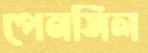
পেনসিল